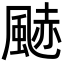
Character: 䬉